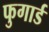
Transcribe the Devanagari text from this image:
फुगार्ड